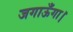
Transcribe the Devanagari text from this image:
जगाऊँगा।